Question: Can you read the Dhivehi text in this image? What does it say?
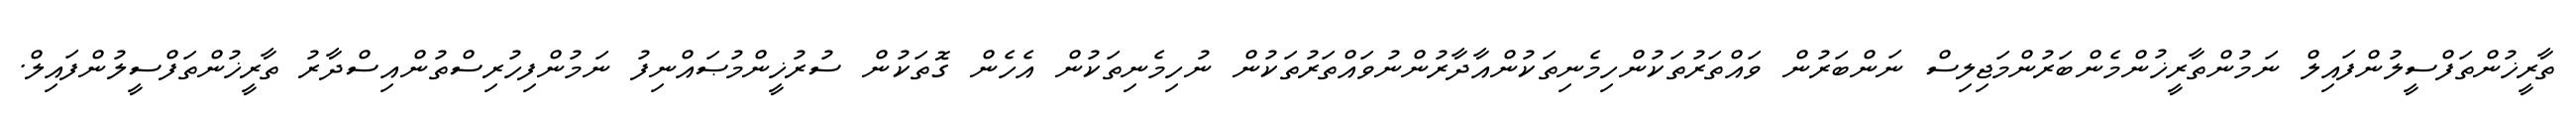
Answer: ތާރީޚުންތަފްސީލުންފައިލް ނަމުންތާރީޚުންމެންބަރުންމަޖިލިސް ނަންބަރުން ވައްތަރުތަކުންހިމެނިތަކުންއާދާރުންނުވައްތަރުތަކުން ނުހިމެނިތަކުން އެހެން ގޮތަކުން ސުރުޚީންމުޞައްނިފު ނަމުންފިހުރިސްތުންއިސްދާރު ތާރީޚުންތަފްސީލުންފައިލް.